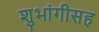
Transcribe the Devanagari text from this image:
शुभांगीसह